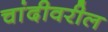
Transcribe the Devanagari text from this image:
चांदीवरील